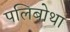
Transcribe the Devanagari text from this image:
पलिबोथा